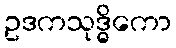
ဥဒကသုဒ္ဓိကော